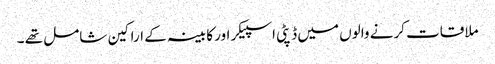
ملاقات کرنے والوں میں ڈپٹی اسپیکر اور کابینہ کے اراکین شامل تھے ۔